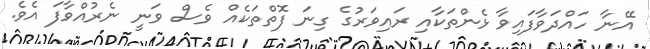
އޭނާ ހައްދަވާފައިވާ ޅެންތަކާއި ރައިވަރުގެ ގިނަ ފޮތްތަކެއް ވެސް ވަނީ ނެރުއްވާފަ އެވެ.